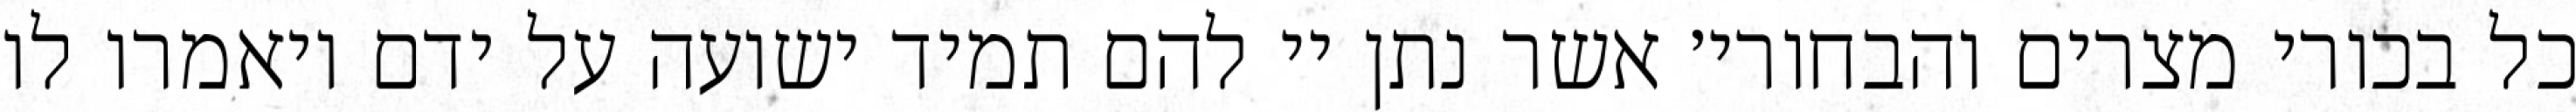
כל בכורי מצרים והבחורי׳ אשר נתן יי להם תמיד ישועה על ידם ויאמרו לו